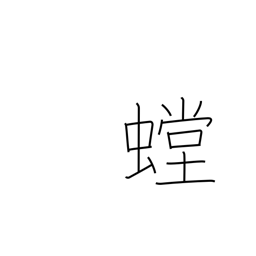
Meaning: mantis